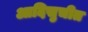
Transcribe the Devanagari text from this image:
आदिसुचीत